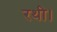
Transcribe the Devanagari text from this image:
रथी।